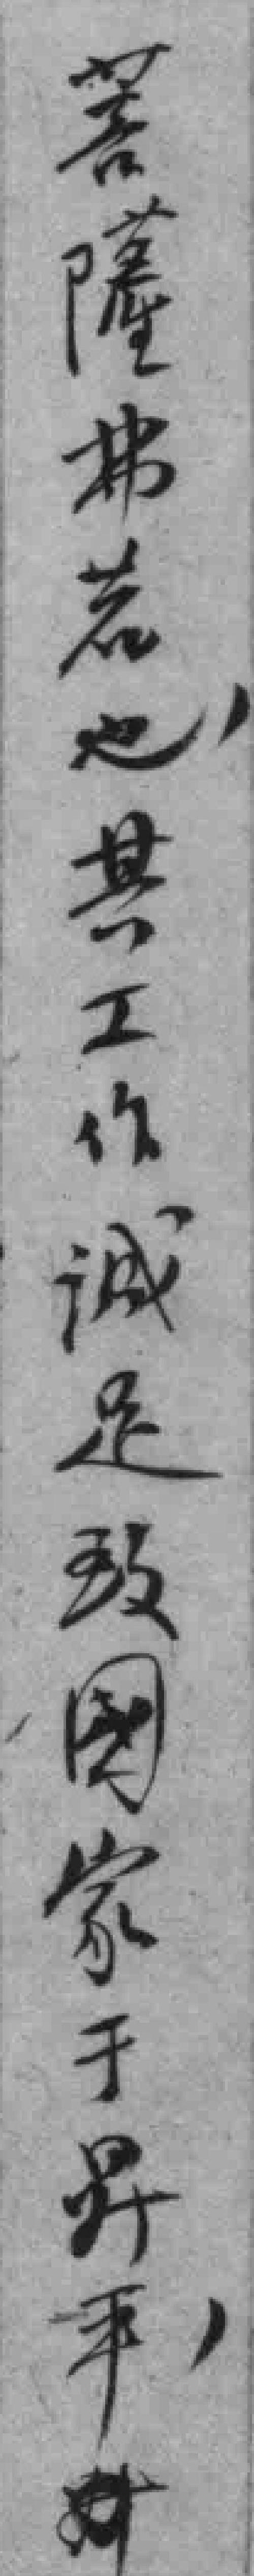
若*弗若也，其工作诚足致國家于昇平，*